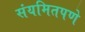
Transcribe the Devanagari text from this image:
संयमितपणे